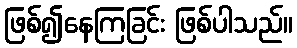
ဖြစ်၍နေကြခြင်း ဖြစ်ပါသည်။